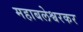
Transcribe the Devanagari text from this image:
महाबलेश्वरकर